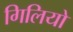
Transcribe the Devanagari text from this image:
गिलियो